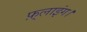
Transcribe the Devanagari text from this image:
फ़्लाइंग।